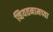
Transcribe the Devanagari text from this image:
व्हियतनामच्या